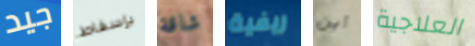
جيد بإسقاط شاقة ريفية أين العلاجية